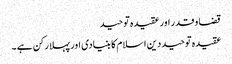
قضا و قدر اور عقیدہ توحید
عقیدہ توحید دین اسلام کا بنیادی اور پہلا رکن ہے ۔